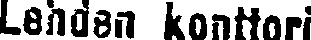
Lehden konttori